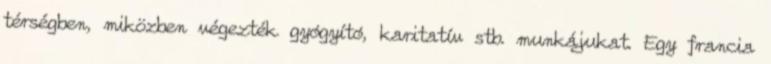
térségben, miközben végezték gyógyító, karitatív stb. munkájukat. Egy francia